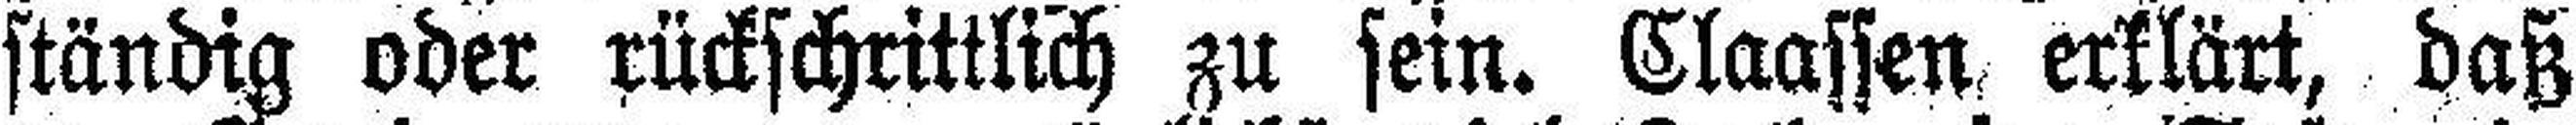
ständig oder rückschrittlich zu sein. Claassen, erklärt, daß